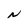
Character: N